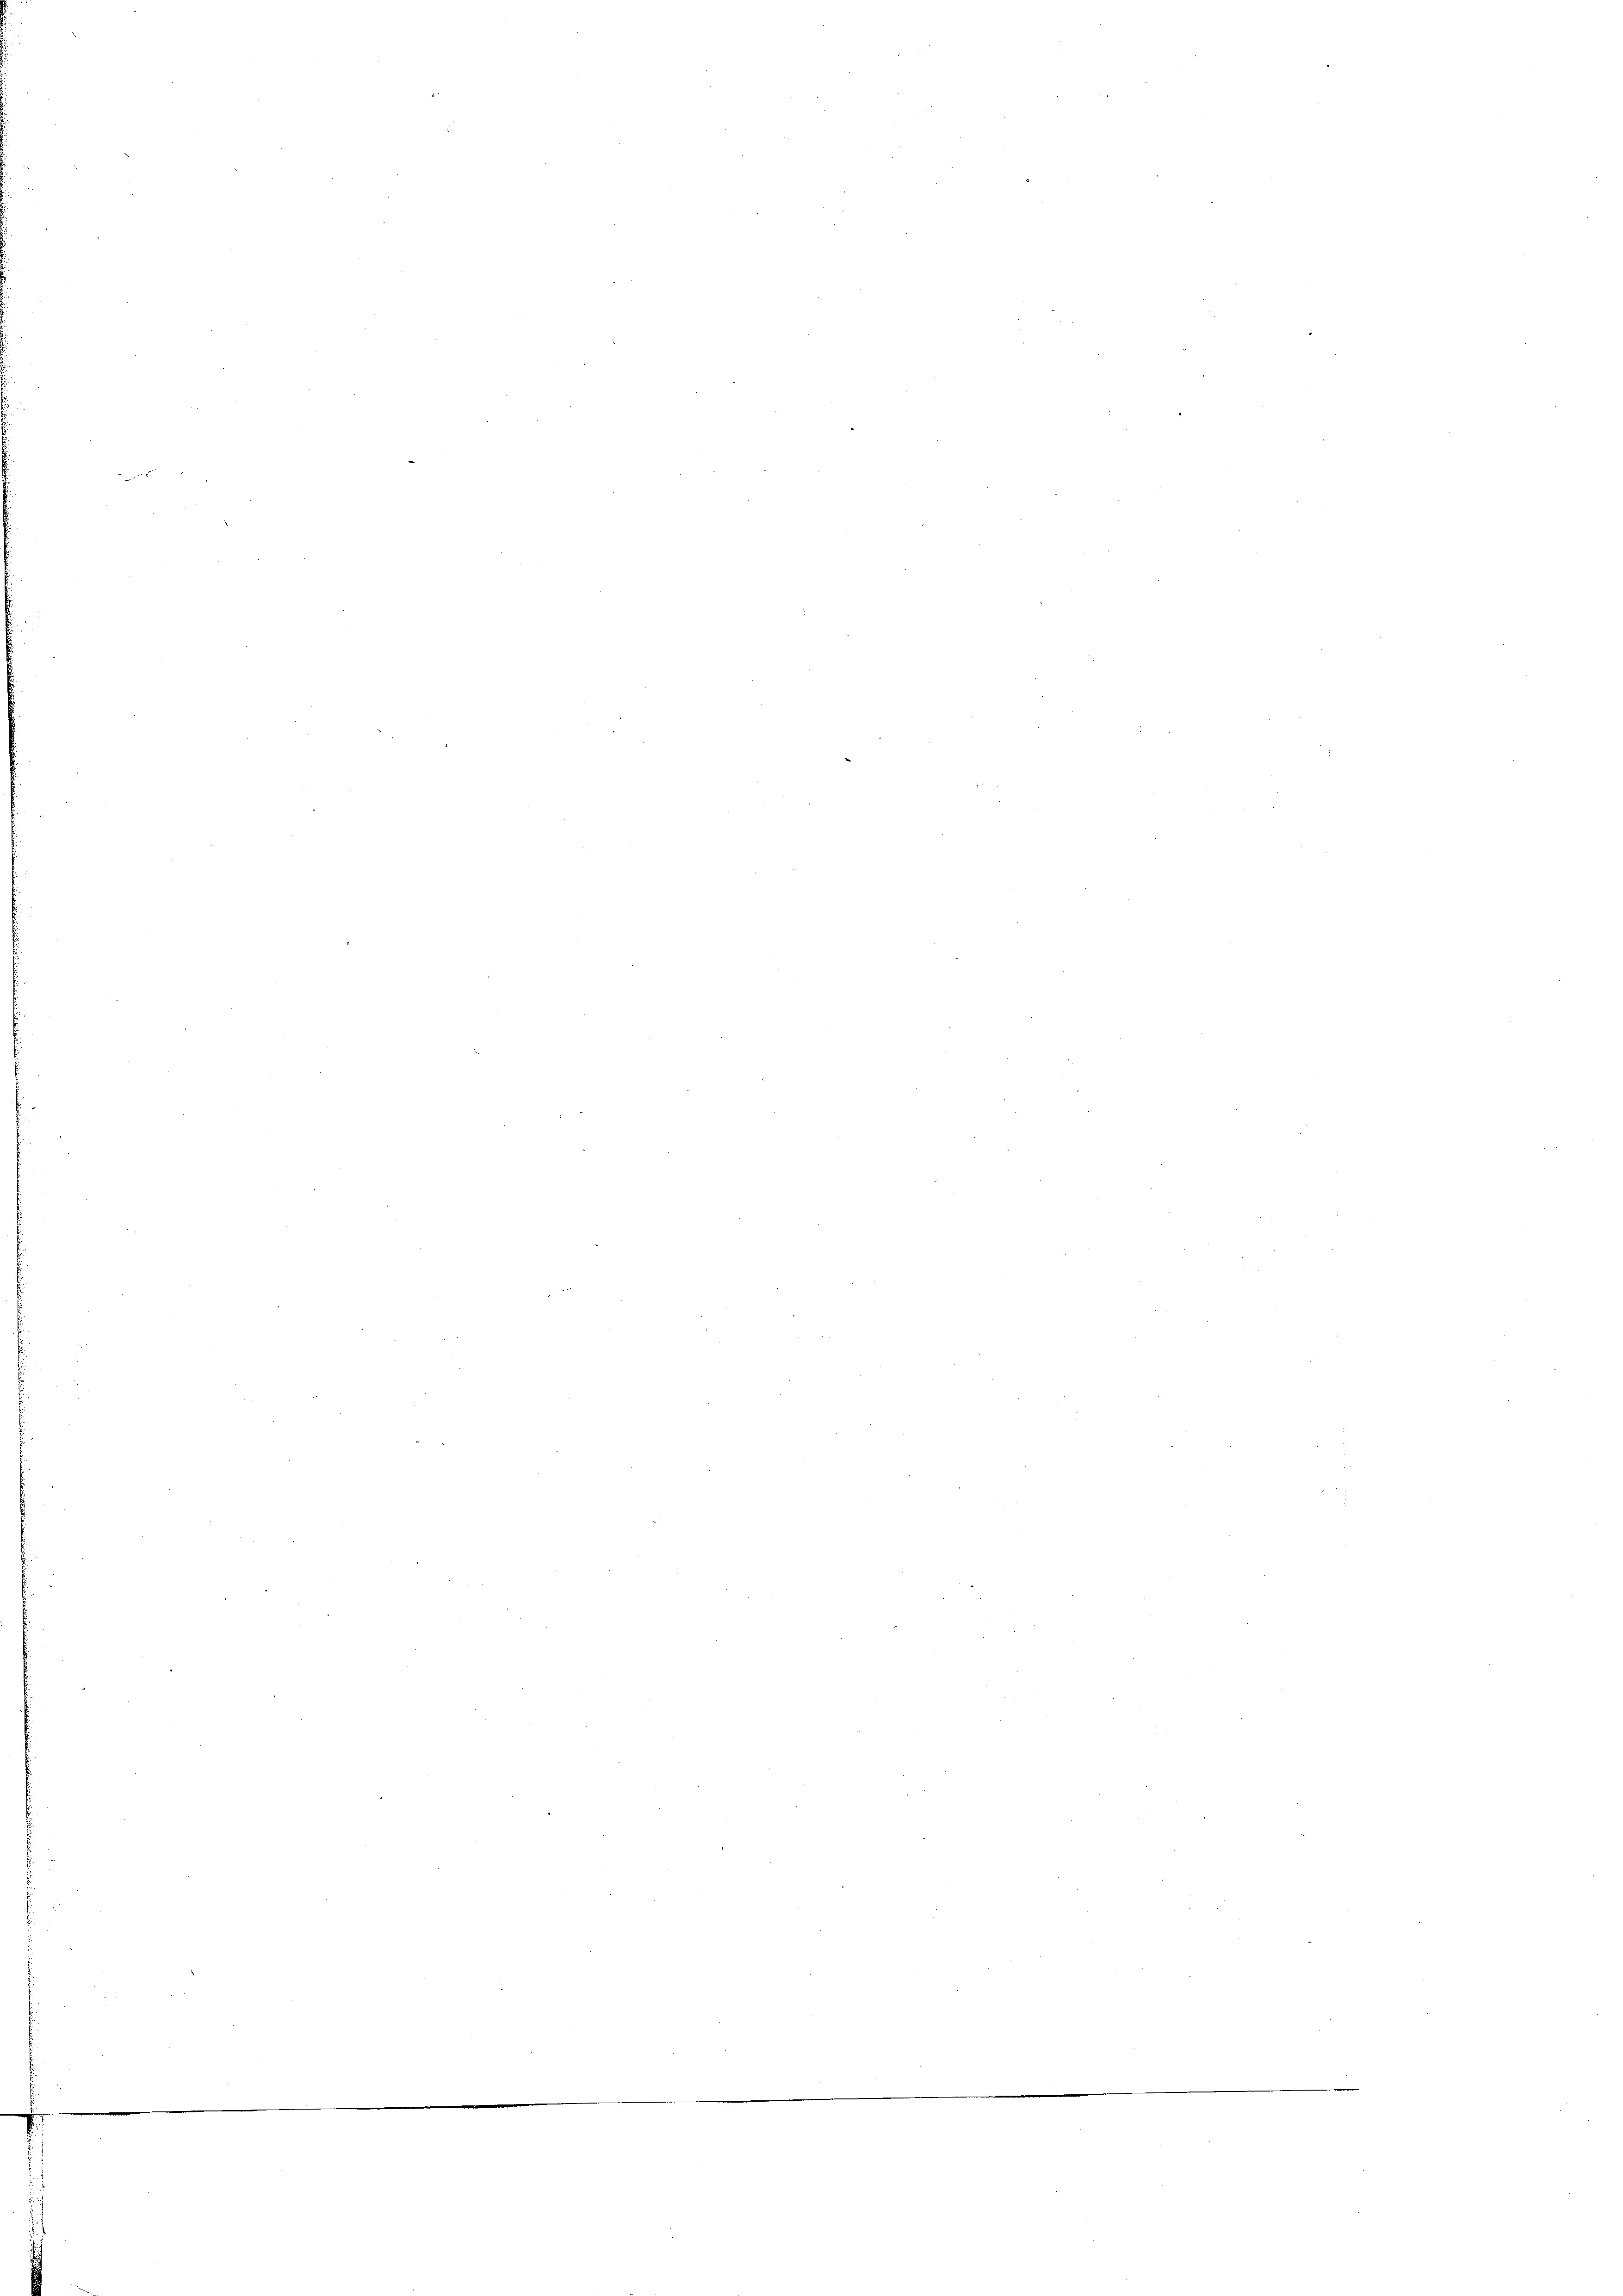
r

e

e

e

e